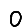
Digit: 0